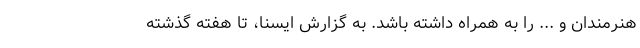
هنرمندان و ... را به همراه داشته باشد. به گزارش ایسنا، تا هفته گذشته